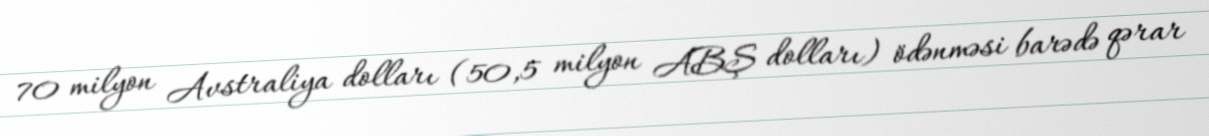
70 milyon Avstraliya dolları (50,5 milyon ABŞ dolları) ödənməsi barədə qərar